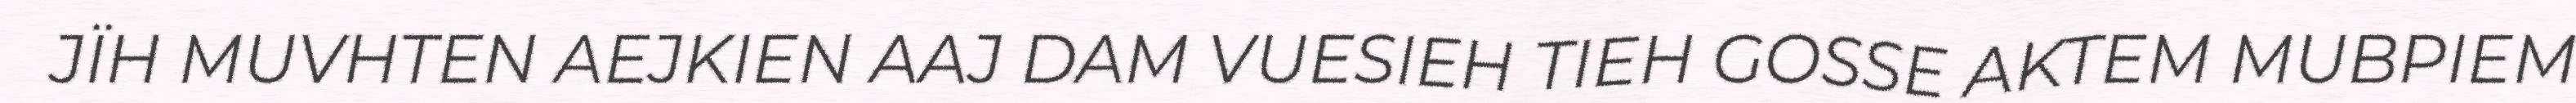
JÏH MUVHTEN AEJKIEN AAJ DAM VUESIEH TIEH GOSSE AKTEM MUBPIEM